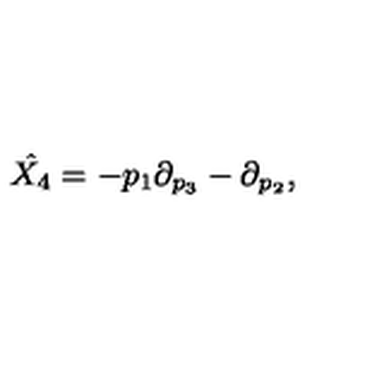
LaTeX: \hat { X _ { 4 } } = - p _ { 1 } \partial _ { p _ { 3 } } - \partial _ { p _ { 2 } } ,